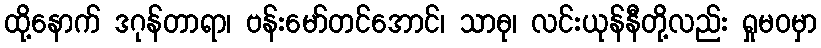
ထို့နောက် ဒဂုန်တာရာ၊ ဗန်းမော်တင်အောင်၊ သာဓု၊ လင်းယုန်နီတို့လည်း ရှုမဝမှာ